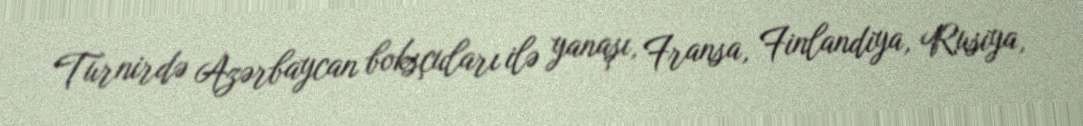
Turnirdə Azərbaycan boksçuları ilə yanaşı, Fransa, Finlandiya, Rusiya,